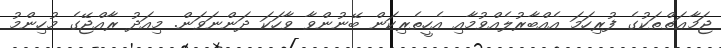
ޖަމާޢަތްތަކުގެ ފުރިހަމަ އެއްބާރުލެއްވުމާއި އެހީތެރިކަން ބޭނުންވާ ވާހަކަ ދަންނަވަން. މިއަދު ރާއްޖޭގެ މުހިންމު